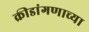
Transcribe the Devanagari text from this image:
क्रीडांगणाच्या